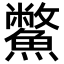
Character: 鱉